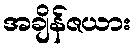
အချိန်ဇယား